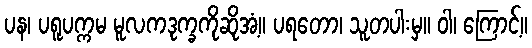
ပန၊ ပရူပက္ကမ မူလကဒုက္ခကိုဆိုအံ့။ ပရတော၊ သူတပါးမှ။ ဝါ၊ ကြောင့်။